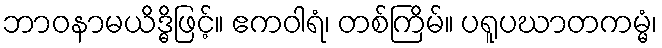
ဘာဝနာမယိဒ္ဓိဖြင့်။ ဧကဝါရံ၊ တစ်ကြိမ်။ ပရူပဃာတကမ္မံ၊